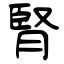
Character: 腎